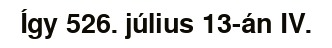
Így 526. július 13-án IV.